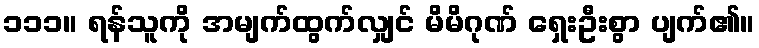
၁၁၁။ ရန်သူကို အမျက်ထွက်လျှင် မိမိဂုဏ် ရှေးဦးစွာ ပျက်၏။